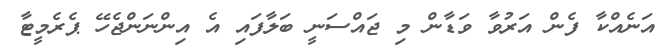
އަނެއްކާ ފެން އަރުވާ ވަޑާން މި ޖައްސަނީ ބަލާފައި އެ އިންނަންޖެހޭ ޕެރެމީޓާ